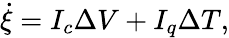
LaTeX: \dot{\xi}=I_{c}\Delta V+I_{q}\Delta T,